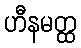
ဟီနမတ္ထ